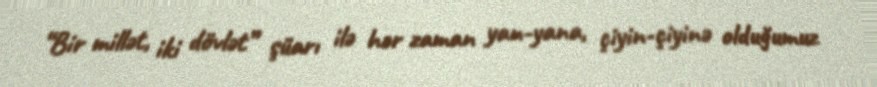
“Bir millət, iki dövlət” şüarı ilə hər zaman yan-yana, çiyin-çiyinə olduğumuz